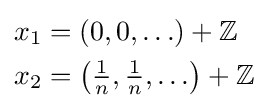
{\begin{aligned}x_{1}&=(0,0,\ldots )+\mathbb {Z} \\x_{2}&=\left({\tfrac {1}{n}},{\tfrac {1}{n}},\ldots \right)+\mathbb {Z} \end{aligned}}